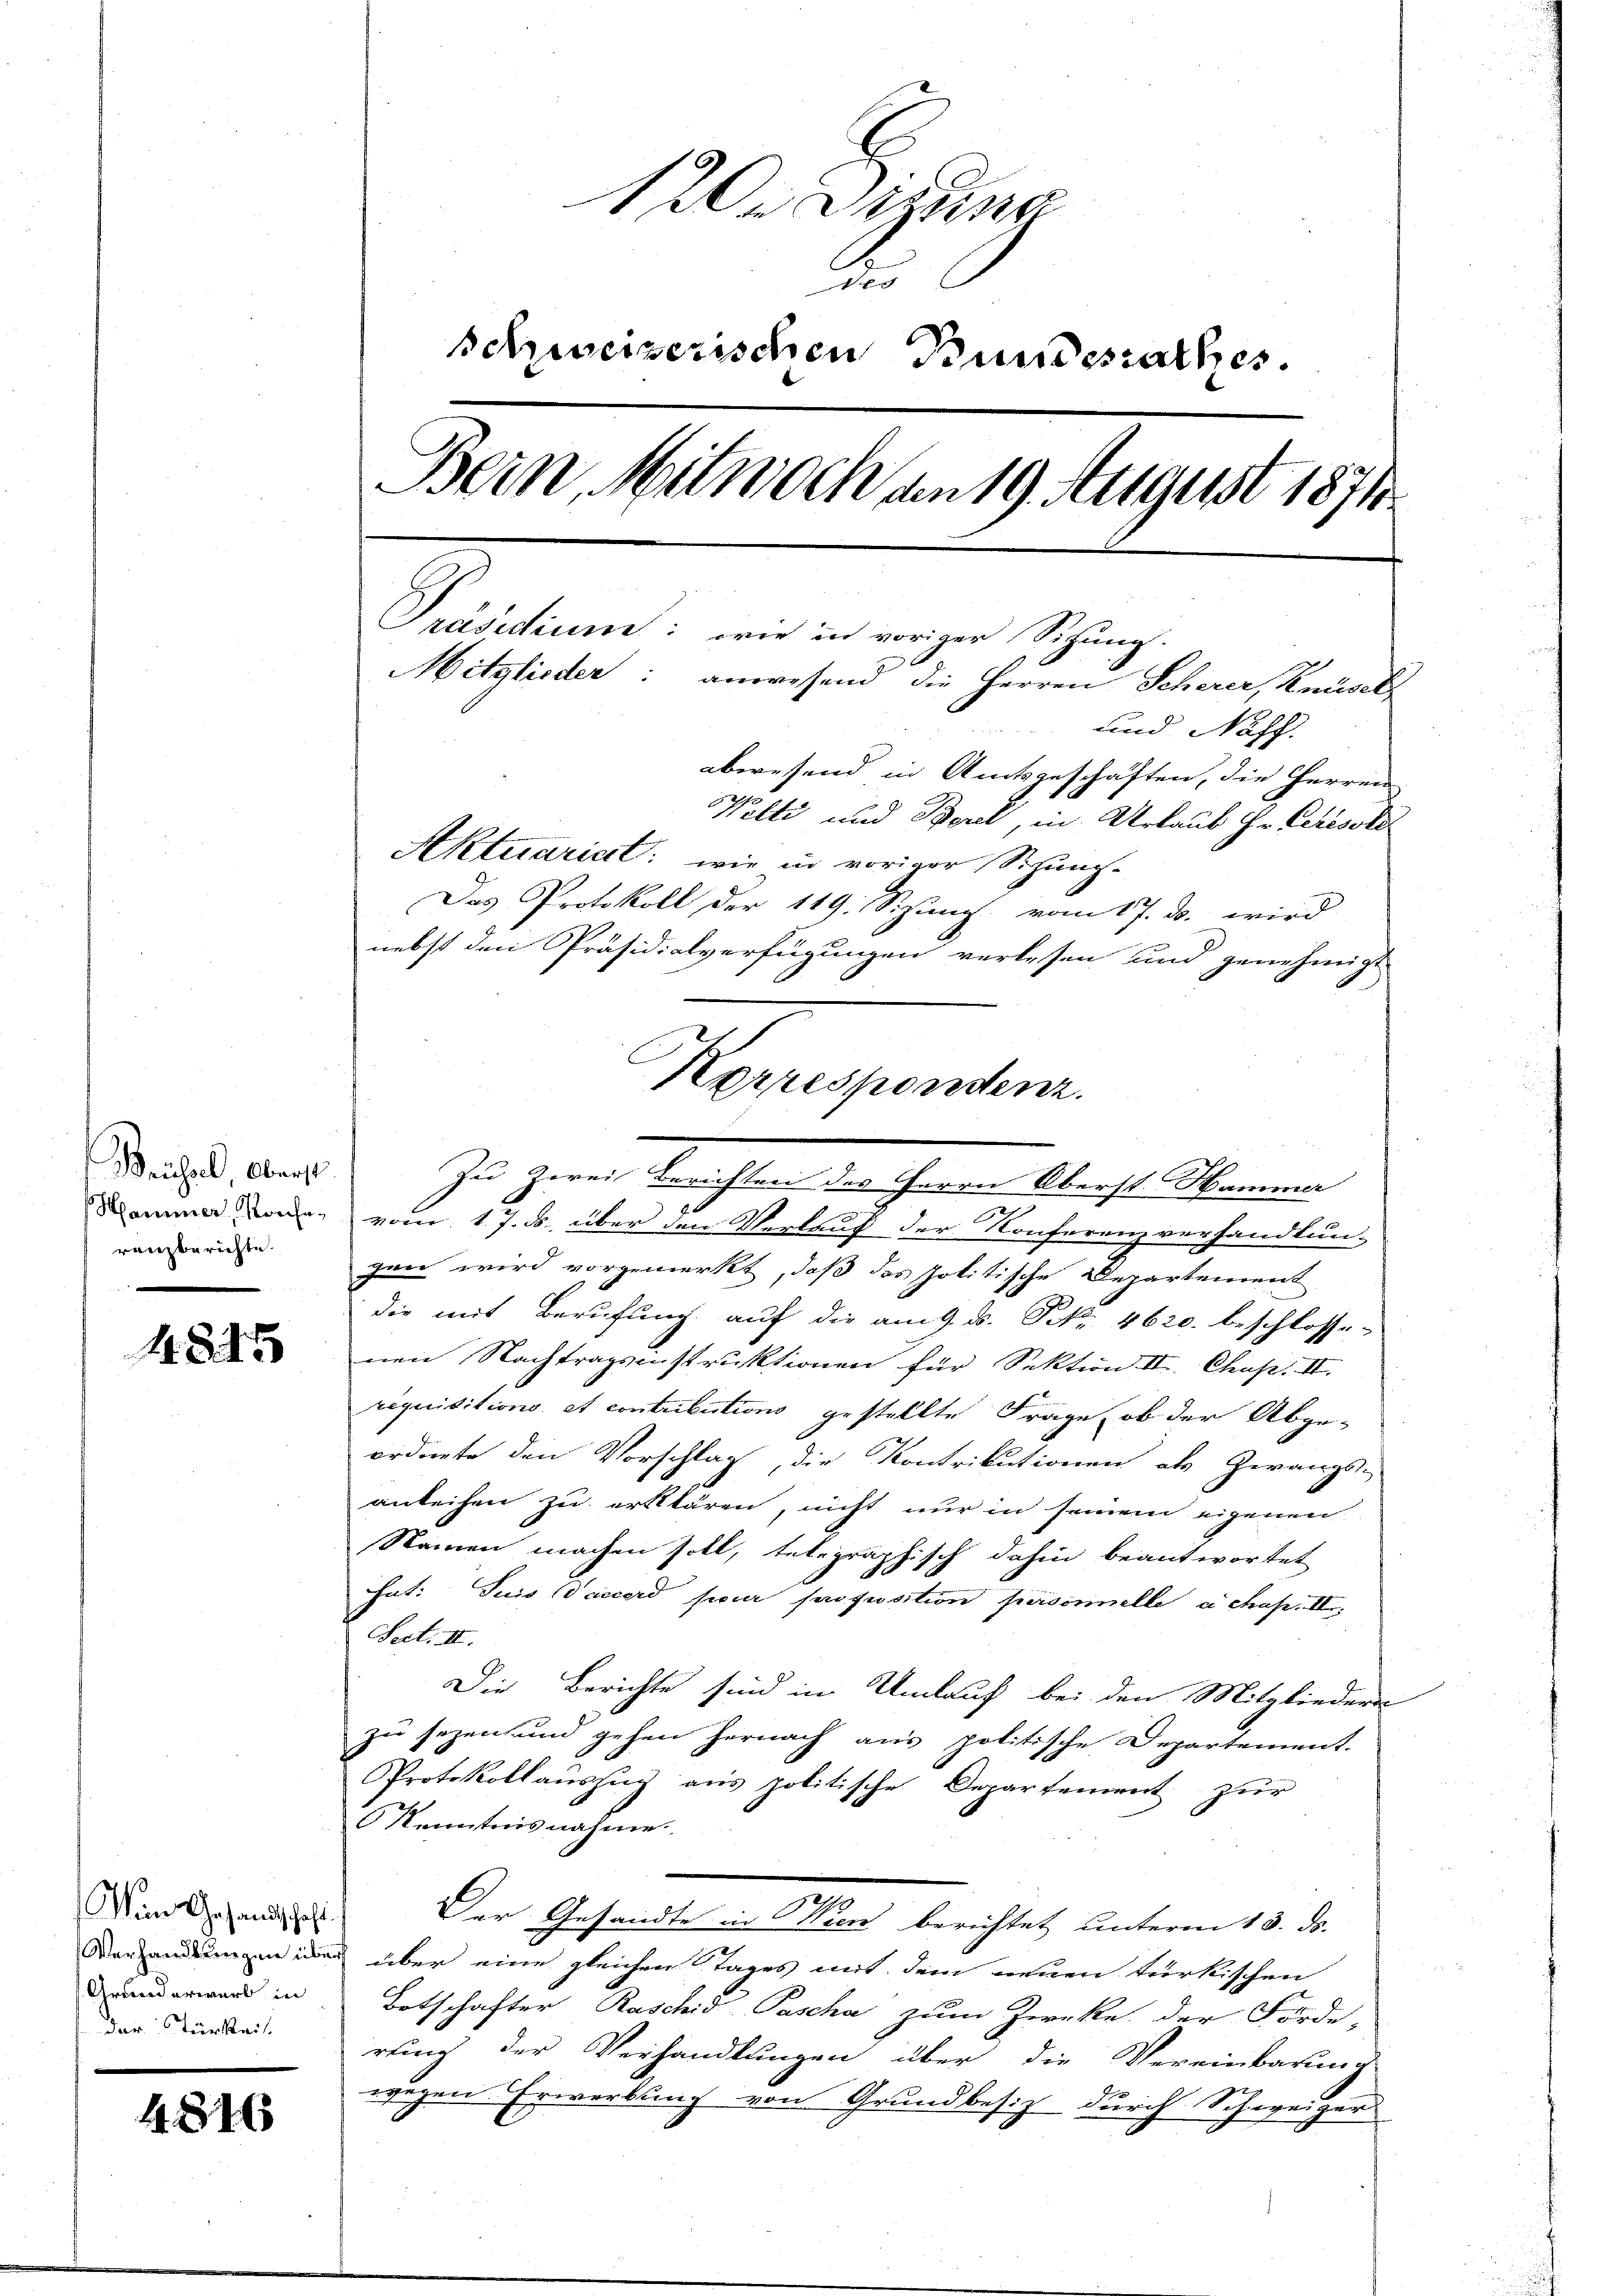
Bruchel Oberst
Hammer, Konferanzberichte.

11845

Von Gesandtschaft
Verhandlungen übers
Grunderwerb in
dar türkeit.

4816

120. Sizung
2.
Schweizerischen Bundesrathes
Bein, Mitwoch am 19. August 1871
Präsidium: wie in voriger Sichung.
Mitglieder: anwesend die Herren Scherer, Knüsel
und Napf.
abwesend in Amtsgeschäften, die Herren
Welti und Borel, in Urlaub Hr. Ceressli
Aktuariat: wie in voriger Sitzung-
Das Protokoll der 119. Sizung vom 17. ds. wird
nebst den Präsidialverfügungen verlesen und genehmigt

.
vom 17. ds. über den Verlauf der Konferenzverhandlun-
gen wird vorgemerkt, daß das politische Departement
die mit Berufung auf die am 9. ds. Frk. 4620. beschlosse-
nen Nachtragsinstruktionen für Sektion II. Chus. II.
requisitions et contributions gestellte Frage, ob der Abge-
ordnete den Vorschlag, die Kontributionen als Zwangs-
anleihen zu erklären, nicht nur in seinem eigenen
Namen machen soll, telegraphisch dahin beantwortet
at: Suis deccerd sur proposition personelle a chap. II,
Peit. II.
Die Berichte sind in Umlauf bei den Mitgliedern
zu sezen und gehen hernach aus politische Departement.
Protokollauszug aus politische Departement zur
Kenntnis nahme
Der Gesandte in Wien berichtet unterm 13. ds.
über eine gleichen Tages mit dem neuen türkischen
Botschafter Raschid-Pascha zum Zwecke der Förde-
rung der Verhandlungen über die Vereinbarung
wegen Erwerbung von Grundbesitz durch Schweizer

Korrespondenz.
Zu Zwei Berichten des Herrn Oberst Hammer